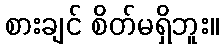
စားချင် စိတ်မရှိဘူး။